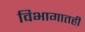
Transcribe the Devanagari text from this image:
विभागातही